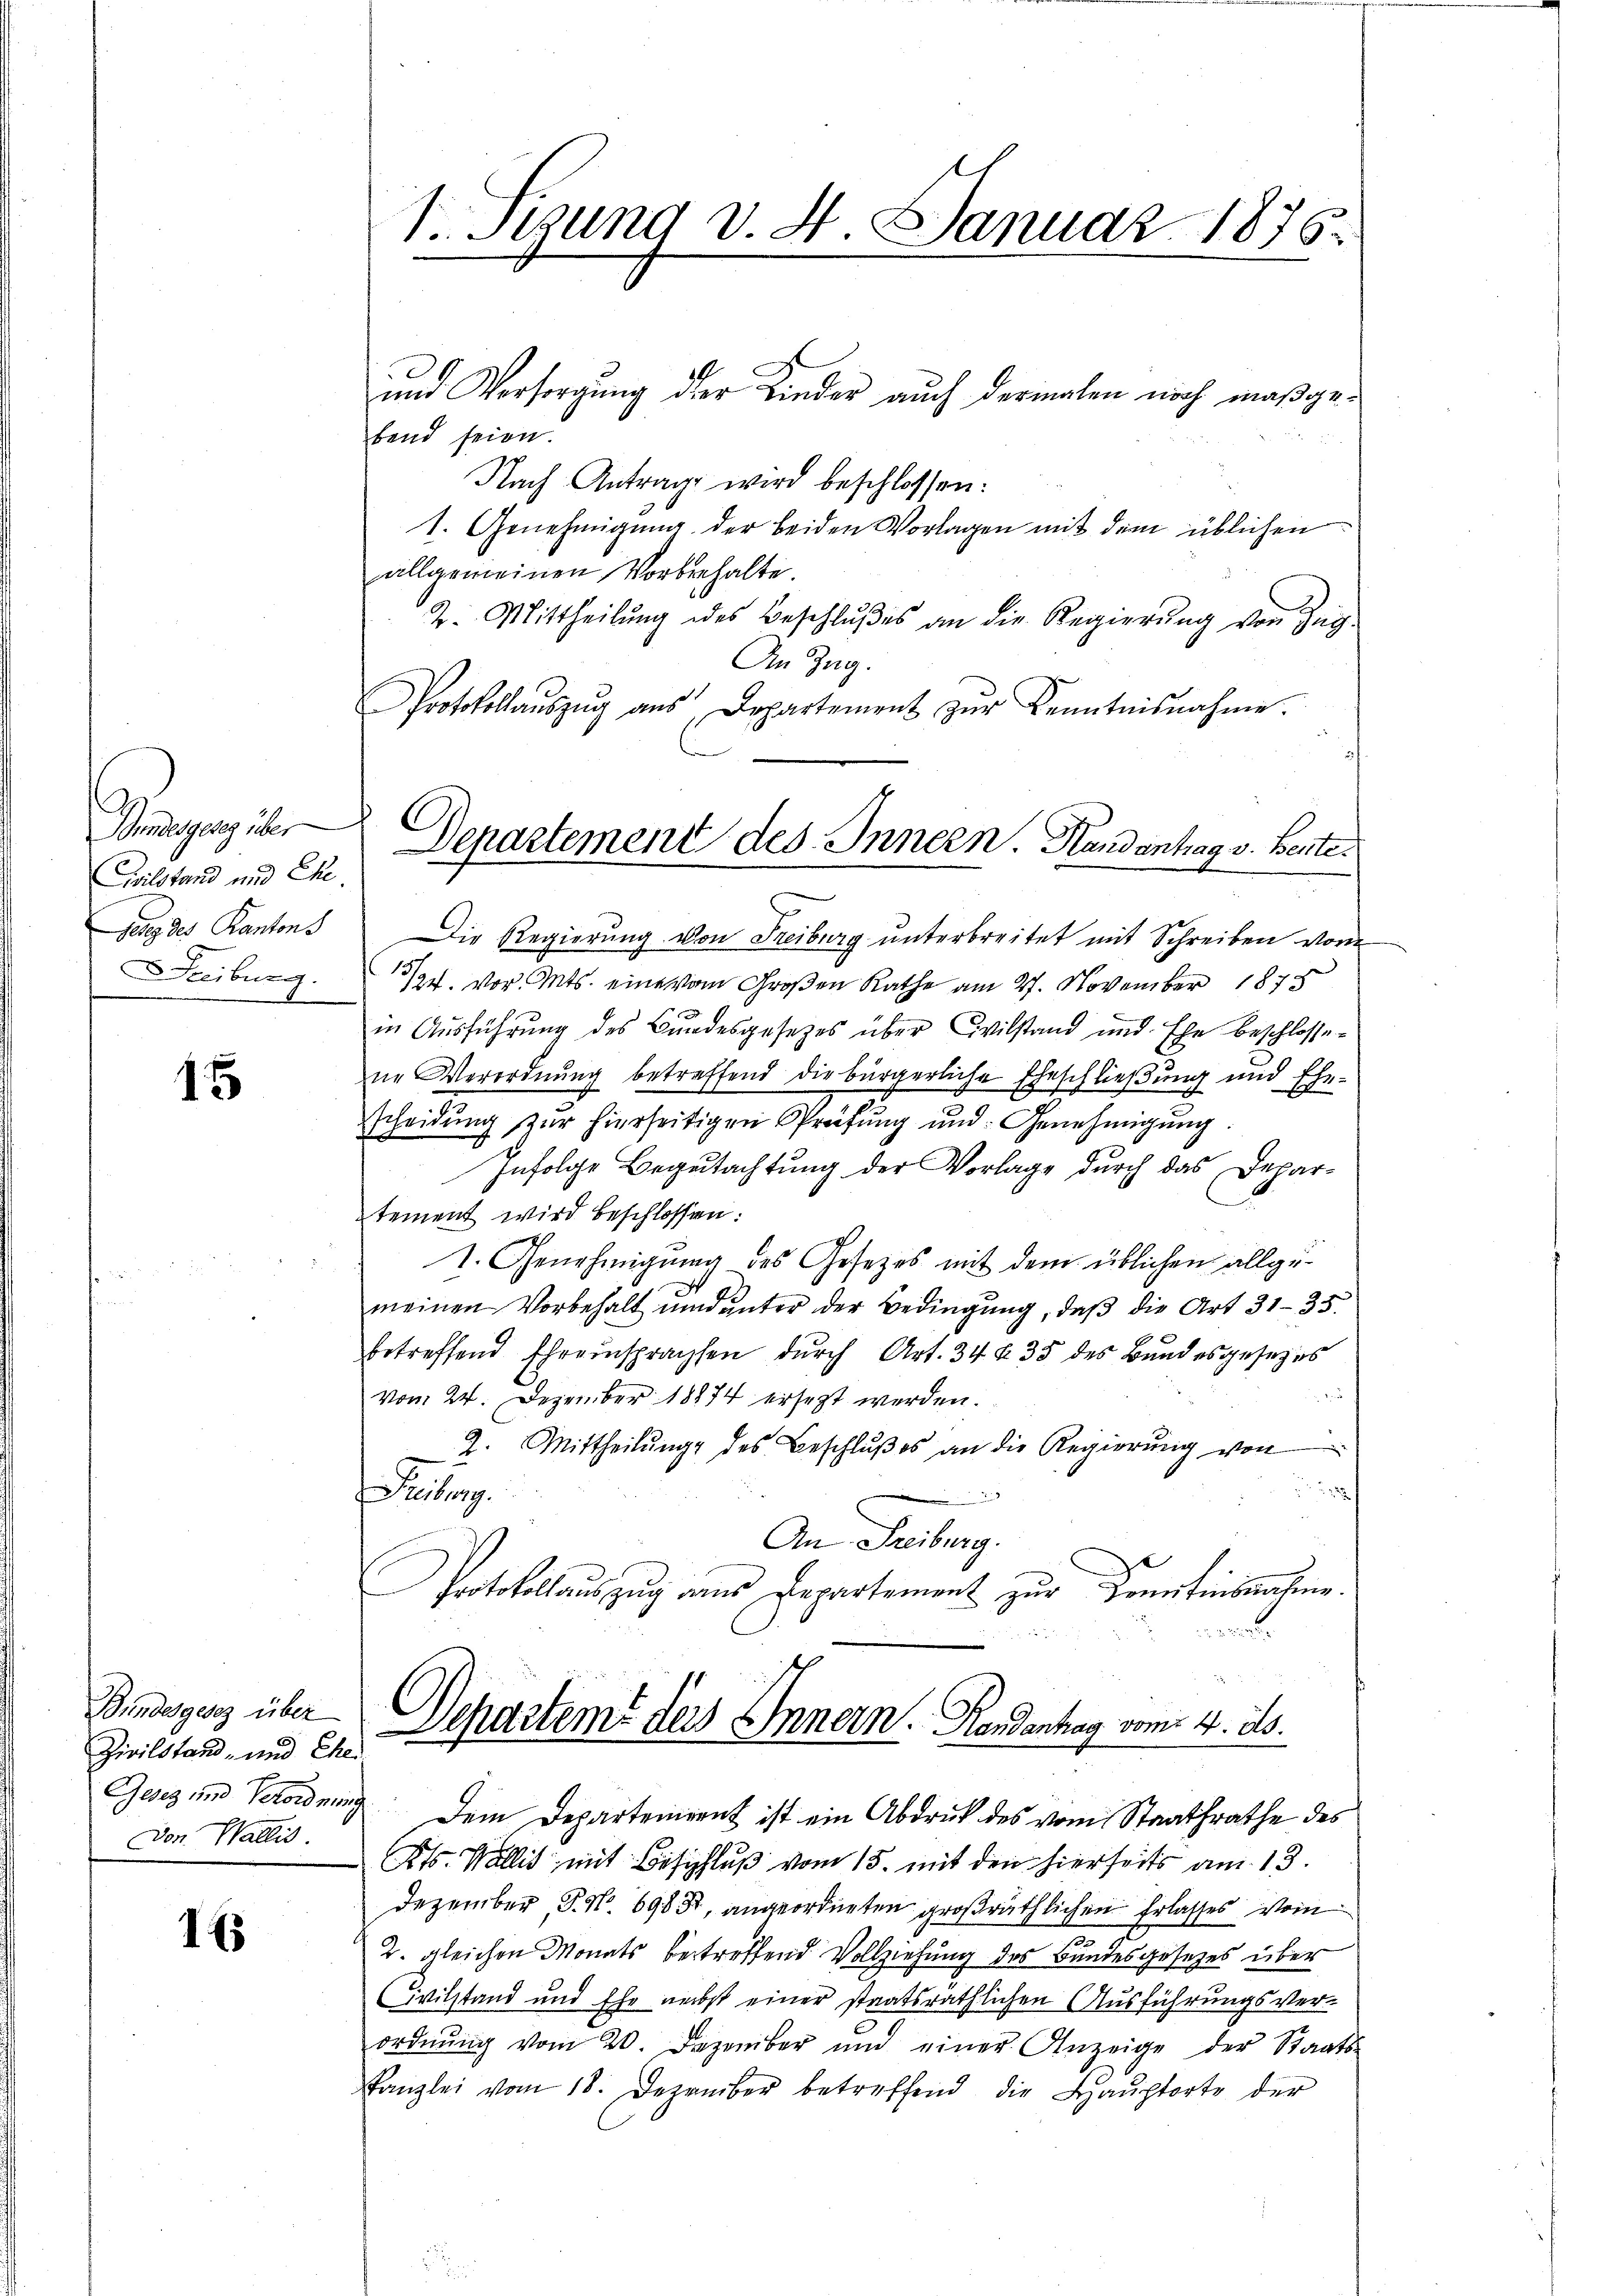
Diegung über
Celstand und Ehe.
Gang des Kantons
Freiburg.

15

Bundesgesetz über
Zivilstand, und Ehe
Don Wallis.

IE

SStzung v. 4. Januar 1876.

Departement des Innern. Handantrag v. Bente.

und Versorgung der Kinder auch dermalen noch maßgebend seien.
Nach Antrage wird beschlossen:
1. Genehmigung der beiden Vorlagen mit dem üblichen
allgemeinen Vorbehalte.
2. Mittheilŭng des Beschlŭβes an die Regierŭng von Zug-
An Zug.
Protokollaŭszŭg aŭs Departement zŭr Kenntnisnahme.
Die Regierung von Freiburg unterbreitet mit Schreiben vom
1324. vor. Mts. eine vom Großen Rathe am 27. November 1878
in Ausführung des Bundesgesetzes über Civilstand und Ehe beschlossene Verordnung betreffend die bürgerliche Eheschließung und Ehe-
scheidung zur hierseitigen Prüfung und Genehmigung.
Infolge Begutachtung der Vorlage durch das Departement wird beschlossen:
I. Genehmigung des Gesetzes mit dem üblichen allget
meinen Vorbehalt und unter der Bedingung, daß die Art 31–35.
betreffend Ehreinsprachsen durch Art. 34 § 35 des Bundesgesezes

vom 24. Dezember 18874 ersezt werden.
2. Mittheilŭng des Beschlŭβ es an die Regierŭng von
Freiburg.

An Freiburg.
Protokollauszug aus Departement zur Freitinsnahme.
Dcharteme ders Innern. Handenhag vom 4. ds.
Gesetz und Verordnung. Dem Departement ist ein Abdruck des vom Staatsrathe des
Kts. Wallis, mit Beschluß vom 15. mit den hierseits am 13.
Dezember, P. Nr. 6985, angeordneten großräthlichen Erlasses vom
2. gleichen Monats betreffend Vollziehung des Bundesgesetzes über
ivilstand und Ehe nebst einer staatsräthlichen Ausführungsver-
ordnŭng vom 20. Dezember und einer Anzeige der Staats-
Kanzlei vom 18. Dezember betreffend die Baŭptorte der